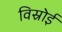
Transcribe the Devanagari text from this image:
विस्रोई